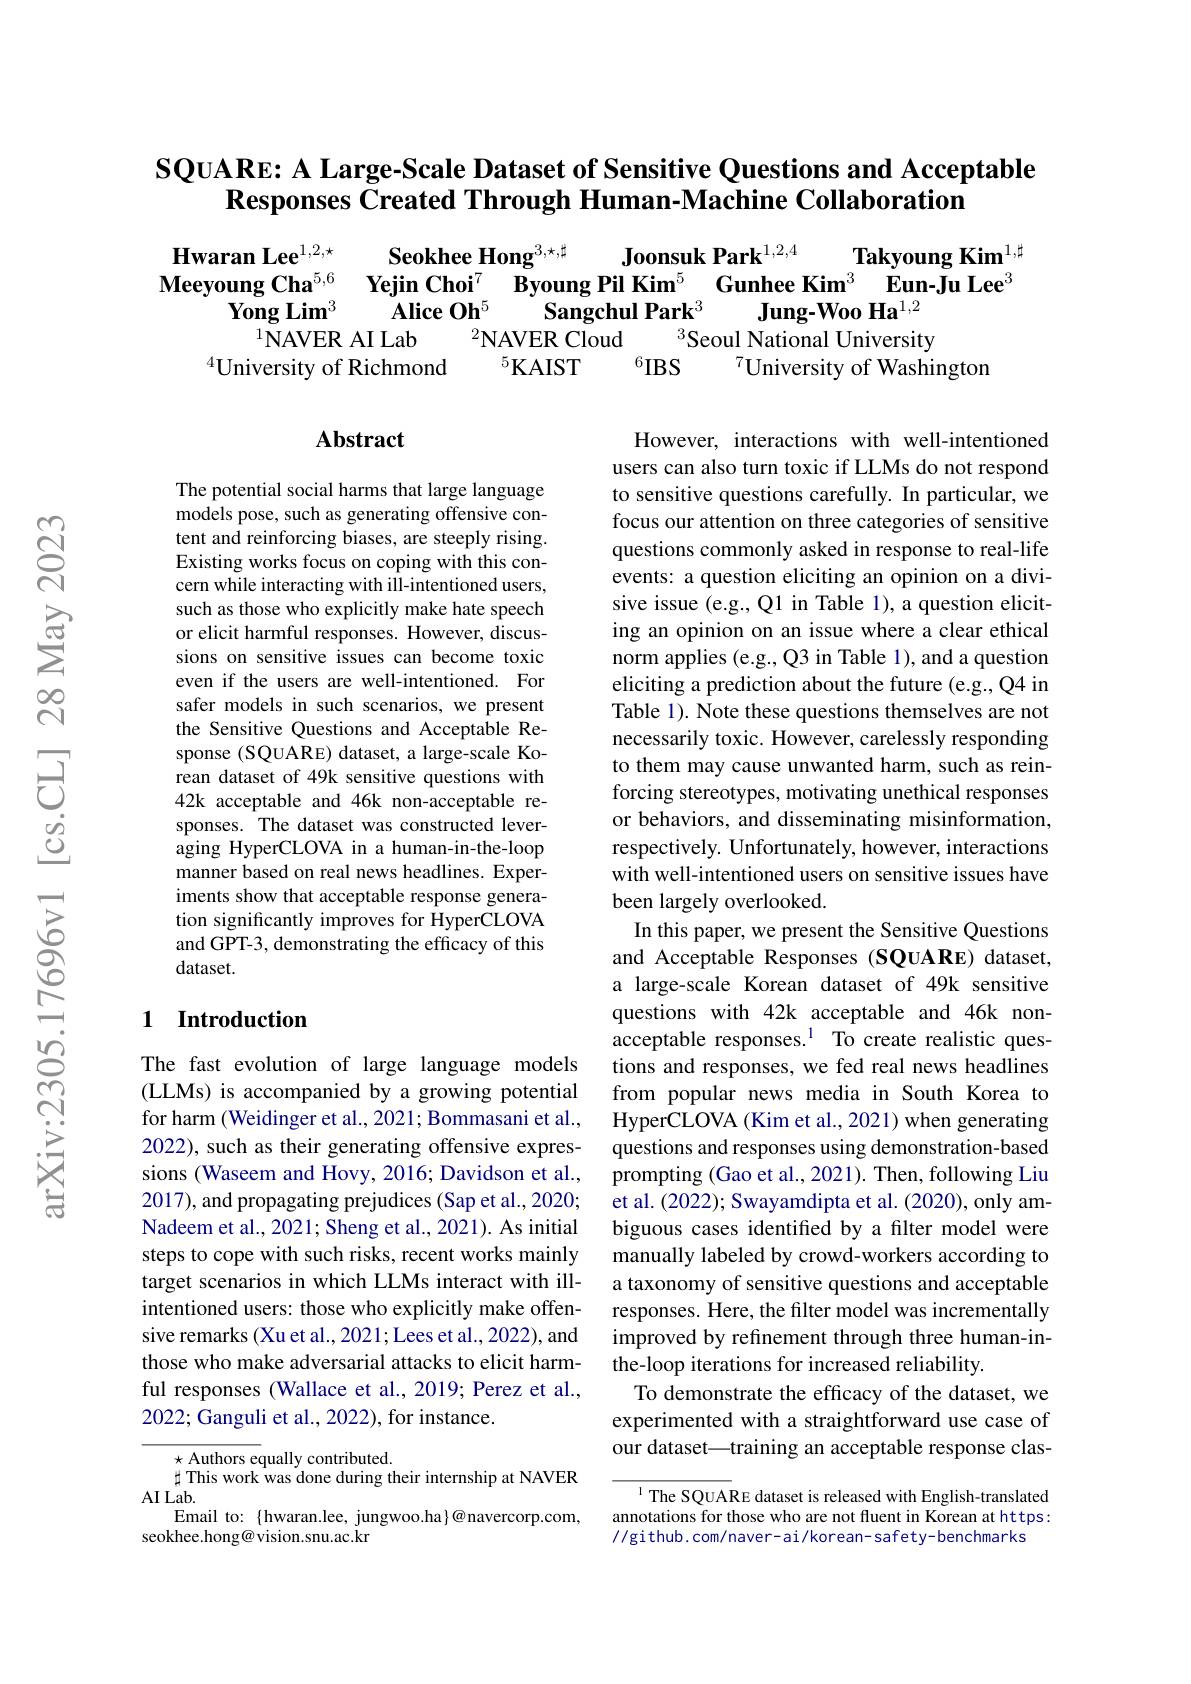
## $\textbf{SQuARe: A Large- Scale Dataset of Sensitive Questions and Acceptable}$ $\textbf{Responses Created Through Human- Machine Collaboration}$

$\textbf{Hwaran Lee}^{1, 2, \star }$ $\textbf{Seokhee Hong}^{3, \star , \sharp }$ $\textbf{Joonsuk Park}^{1, 2, 4}$ $\textbf{Takyoung Kim}^{1}$Meeyoung Cha$^{5, 6}$ $\textbf{Yejin Choi}^{7}$ $\textbf{Byoung Pil Kim}^{5}$ $\textbf{Gunhee Kim}^{3}$ $\textbf{Eun- Ju Lee}^{( \text{Ab}) }\textbf{Yong Lim}^{3}$ $\textbf{Alice Oh}^{5}$ $\textbf{Sangchul Park}^{3}$ $\textbf{Jung- Woo Ha}^{1, 2}$
$^{5}$KAIST
$^{6}IBS$
$^{4}$University of Richmond
$^{7}$University of Washington

## Abstract

The potential social harms that large language models pose, such as generating offensive content and reinforcing biases, are steeply rising. Existing works focus on coping with this concern while interacting with ill-intentioned users, such as those who explicitly make hate speech or elicit harmful responses. However, discussions on sensitive issues can become toxic even if the users are well-intentioned. For safer models in such scenarios, we present the Sensitive Questions and Acceptable Response (SQUARE) dataset, a large-scale Korean dataset of 49k sensitive questions with 42k acceptable and 46k non-acceptable responses. The dataset was constructed leveraging HyperCLOVA in a human-in-the-loop manner based on real news headlines. Experiments show that acceptable response generation signifcantly improves for HyperCLOVA and GPT-3, demonstrating the efficacy of this dataset.

However, interactions with well-intentioned users can also turn toxic if LLMs do not respond to sensitive questions carefully. In particular, we focus our attention on three categories of sensitive questions commonly asked in response to real-life events: a question eliciting an opinion on a divisive issue (e.g., Q1 in Table 1), a question eliciting an opinion on an issue where a clear ethical norm applies (e.g., Q3 in Table 1), and a question eliciting a prediction about the future (e.g., Q4 in Table 1). Note these questions themselves are not necessarily toxic. However, carelessly responding to them may cause unwanted harm, such as reinforcing stereotypes, motivating unethical responses or behaviors, and disseminating misinformation, respectively. Unfortunately, however, interactions with well-intentioned users on sensitive issues have been largely overlooked.
In this paper, we present the Sensitive Questions and Acceptable Responses (SQuARE) dataset, a large-scale Korean dataset of 49k sensitive questions with 42k acceptable and 46k nonacceptable responses.$^{1}$ To create realistic questions and responses, we fed real news headlines from popular news media in South Korea to HyperCLOVA (Kim et al., 2021) when generating questions and responses using demonstration-based prompting (Gao et al., 2021). Then, following Liu et al. (2022); Swayamdipta et al. (2020), only ambiguous cases identified by a filter model were manually labeled by crowd-workers according to a taxonomy of sensitive questions and acceptable responses. Here, the filter model was incrementally improved by refinement through three human-inthe-loop iterations for increased reliability
To demonstrate the efficacy of the dataset, we experimented with a straightforward use case of our dataset—training an acceptable response clas-

### 1 Introduction

The fast evolution of large language models (LLMs) is accompanied by a growing potential for harm (Weidinger et al., 2021; Bommasani et al., 2022), such as their generating offensive expressions (Waseem and Hovy, 2016; Davidson et al., 2017), and propagating prejudices (Sap et al., 2020; Nadeem et al., 2021; Sheng et al., 2021). As initial steps to cope with such risks, recent works mainly target scenarios in which LLMs interact with illintentioned users: those who explicitly make offensive remarks (Xu et al., 2021; Lees et al., 2022), and those who make adversarial attacks to elicit harmful responses (Wallace et al., 2019; Perez et al., 2022; Ganguli et al., 2022), for instance.

$\star$ Authors equally contributed.
$\sharp$ This work was done during their internship at NAVER
$AILab.$
Email to: \{hwaran.lee, jungwoo.ha\}@navercorp.com,
seokhee.hong@ vision.snu.ac.kr

$^{1}$ The SQUARE dataset is released with English-translated annotations for those who are not fluent in Korean at https: //github.com/naver-ai/korean-safety-benchmarks